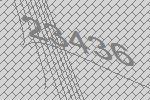
23436